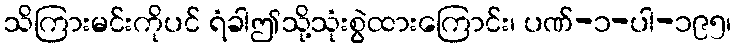
သိကြားမင်းကိုပင် ရံခါဤသို့သုံးစွဲထားကြောင်း၊ ပဏ်-၁-ပါ-၁၉၅၊